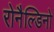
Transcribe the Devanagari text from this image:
रोनैल्डिनो